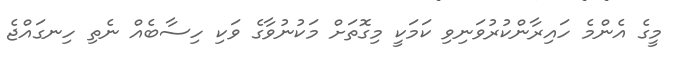
މީގެ އެންމެ ހައިރާންކުރުވަނިވި ކަމަކީ މިގޮތަށް މަކުނުވާގެ ވަކި ހިސާބެއް ނެތި ހިނގައްޖެ